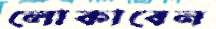
লোকাবেন